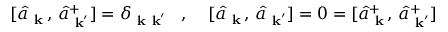
[ \hat { a } _ { \mathrm { \bf ~ k } } \, , \, \hat { a } _ { \mathrm { \bf ~ k } ^ { \prime } } ^ { + } ] = \delta _ { \mathrm { \bf ~ k } \mathrm { \bf ~ k } ^ { \prime } } \; \; \; , \; \; \; \; [ \hat { a } _ { \mathrm { \bf ~ k } } \, , \, \hat { a } _ { \mathrm { \bf ~ k } ^ { \prime } } ] = 0 = [ \hat { a } _ { \mathrm { \bf ~ k } } ^ { + } \, , \, \hat { a } _ { \mathrm { \bf ~ k } ^ { \prime } } ^ { + } ]